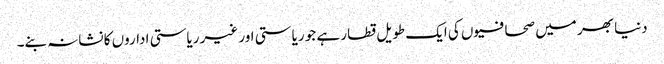
دنیا بھر میں صحافیوں کی ایک طویل قطار ہے جو ریاستی اور غیر ریاستی اداروں کا نشانہ بنے۔